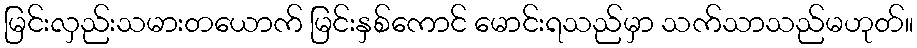
မြင်းလှည်းသမားတယောက် မြင်းနှစ်ကောင် မောင်းရသည်မှာ သက်သာသည်မဟုတ်။